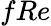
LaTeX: fRe